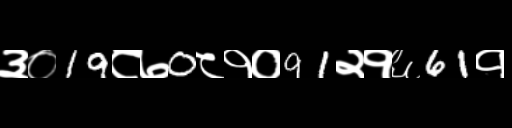
Text: ३०19८७0८१०91२१६61१